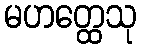
မဟတ္ထေသု